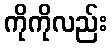
ကိုကိုလည်း